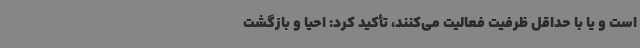
است و یا با حداقل ظرفیت فعالیت می‌کنند، تأکید کرد: احیا و بازگشت